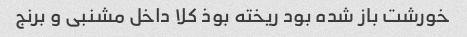
خورشت باز شده بود ریخته بوذ کلا داخل مشنبی و برنج